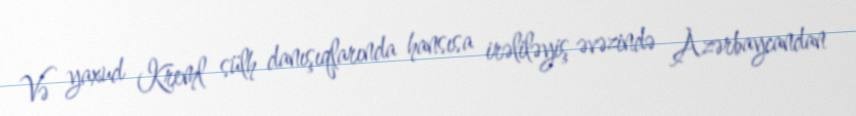
Və yaxud Kreml sülh danışıqlarında hansısa irəliləyiş əvəzində Azərbaycandan